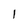
Character: l